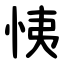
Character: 恞